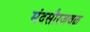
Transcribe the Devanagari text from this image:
मंदसौरजवळ